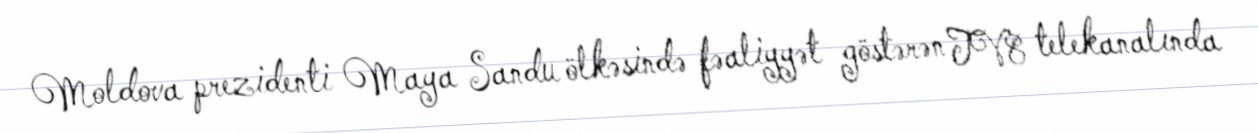
Moldova prezidenti Maya Sandu ölkəsində fəaliyyət göstərən TV8 telekanalında